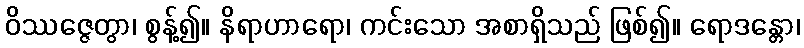
ဝိဿဇ္ဇေတွာ၊ စွန့်၍။ နိရာဟာရော၊ ကင်းသော အစာရှိသည် ဖြစ်၍။ ရောဒန္တော၊